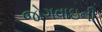
જોગવાઇની